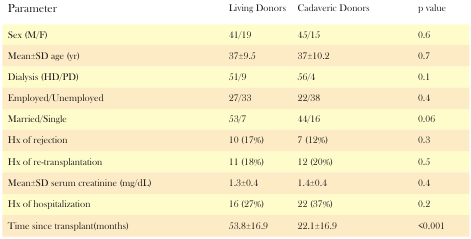
<table><thead><tr><td><b>Parameter</b></td><td><b>Living Donors</b></td><td><b>Cadaveric Donors</b></td><td><b>p value</b></td></tr></thead><tbody><tr><td>Sex (M/F)</td><td>41/19</td><td>45/15</td><td>0.6</td></tr><tr><td>Mean±SD age (yr)</td><td>37±9.5</td><td>37±10.2</td><td>0.7</td></tr><tr><td>Dialysis (HD/PD)</td><td>51/9</td><td>56/4</td><td>0.1</td></tr><tr><td>Employed/Unemployed</td><td>27/33</td><td>22/38</td><td>0.4</td></tr><tr><td>Married/Single</td><td>53/7</td><td>44/16</td><td>0.06</td></tr><tr><td>Hx of rejection</td><td>10 (17%)</td><td>7 (12%)</td><td>0.3</td></tr><tr><td>Hx of re-transplantation</td><td>11 (18%)</td><td>12 (20%)</td><td>0.5</td></tr><tr><td>Mean±SD serum creatinine (mg/dL)</td><td>1.3±0.4 </td><td>1.4±0.4</td><td>0.4</td></tr><tr><td>Hx of hospitalization</td><td>16 (27%)</td><td>22 (37%)</td><td>0.2</td></tr><tr><td>Time since transplant(months)</td><td>53.8±16.9</td><td>22.1±16.9</td><td>&lt;0.001</td></tr></tbody></table>